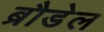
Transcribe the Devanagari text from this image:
ब्रौडेल